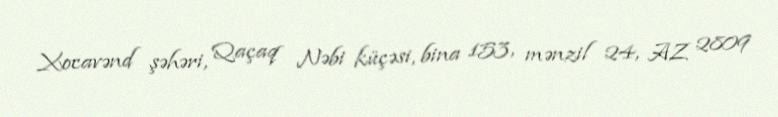
Xocavənd şəhəri, Qaçaq Nəbi küçəsi, bina 153, mənzil 24, AZ 2809